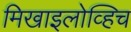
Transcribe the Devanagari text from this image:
मिखाइलोव्हिच